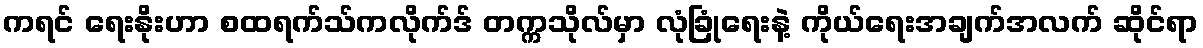
ကရင် ရေးနိုးဟာ စထရက်သ်ကလိုက်ဒ် တက္ကသိုလ်မှာ လုံခြုံရေးနဲ့ ကိုယ်ရေးအချက်အလက် ဆိုင်ရာ